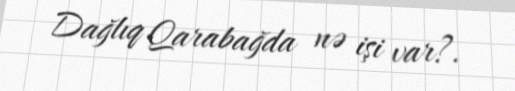
Dağlıq Qarabağda nə işi var?.